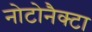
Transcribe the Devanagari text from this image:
नोटोनैक्टा